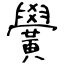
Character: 黌